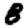
Digit: 8